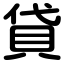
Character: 貸